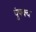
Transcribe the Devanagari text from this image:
पुंपक्व